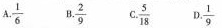
A. \frac{1}{6} B. \frac{2}{9} C. \frac{5}{18} D. \frac{1}{9}